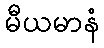
မီယမာနံ